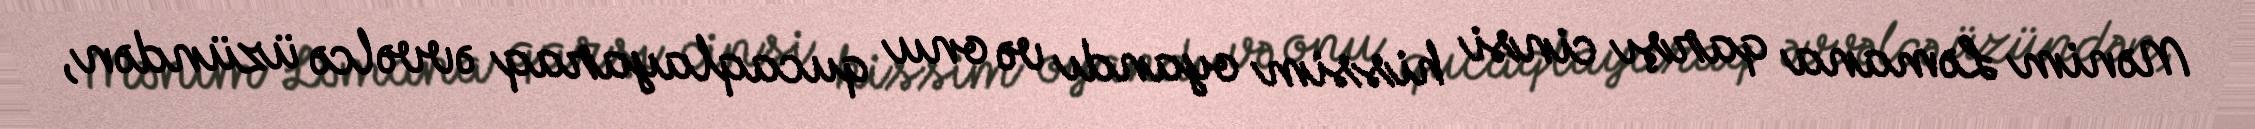
Mənim Ləmana qarşı cinsi hissim oyandı və onu qucaqlayaraq əvvəlcə üzündən,